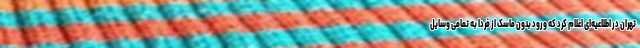
تهران در اطلاعیه‌ای اعلام کرد که ورود بدون ماسک از فردا به تمامی وسایل